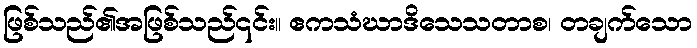
ဖြစ်သည်၏အဖြစ်သည်၎င်း။ ဧကသံဃာဒိသေသတာစ၊ တချက်သော